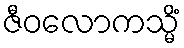
ဇီဝလောကသ္မိံ